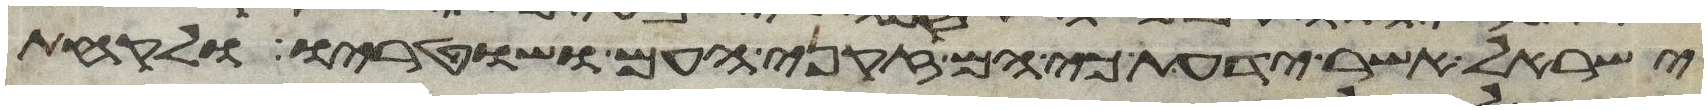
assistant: ישראל אשר ידעת כי הם זקני העם ושוטריו ולקחת